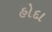
હોદા